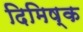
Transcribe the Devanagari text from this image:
दिमिष्क